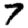
Digit: 7